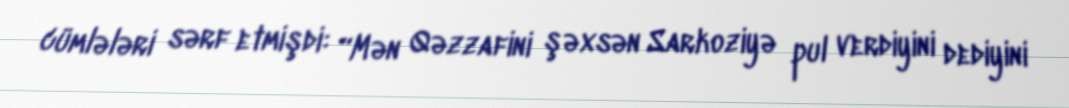
cümlələri sərf etmişdi: “Mən Qəzzafini şəxsən Sarkoziyə pul verdiyini dediyini